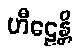
ဟီဠေန္တိ